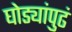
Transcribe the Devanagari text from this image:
घोड्यांपुढं